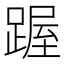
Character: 䠎